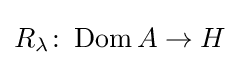
R_{\lambda }\colon \operatorname {Dom} A\to H